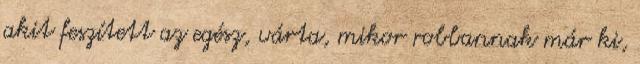
akit feszített az egész, várta, mikor robbannak már ki,